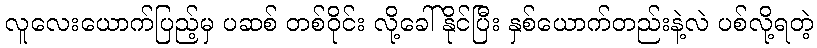
လူလေးယောက်ပြည့်မှ ပဆစ် တစ်ဝိုင်း လို့ခေါ်နိုင်ပြီး နှစ်ယောက်တည်းနဲ့လဲ ပစ်လို့ရတဲ့